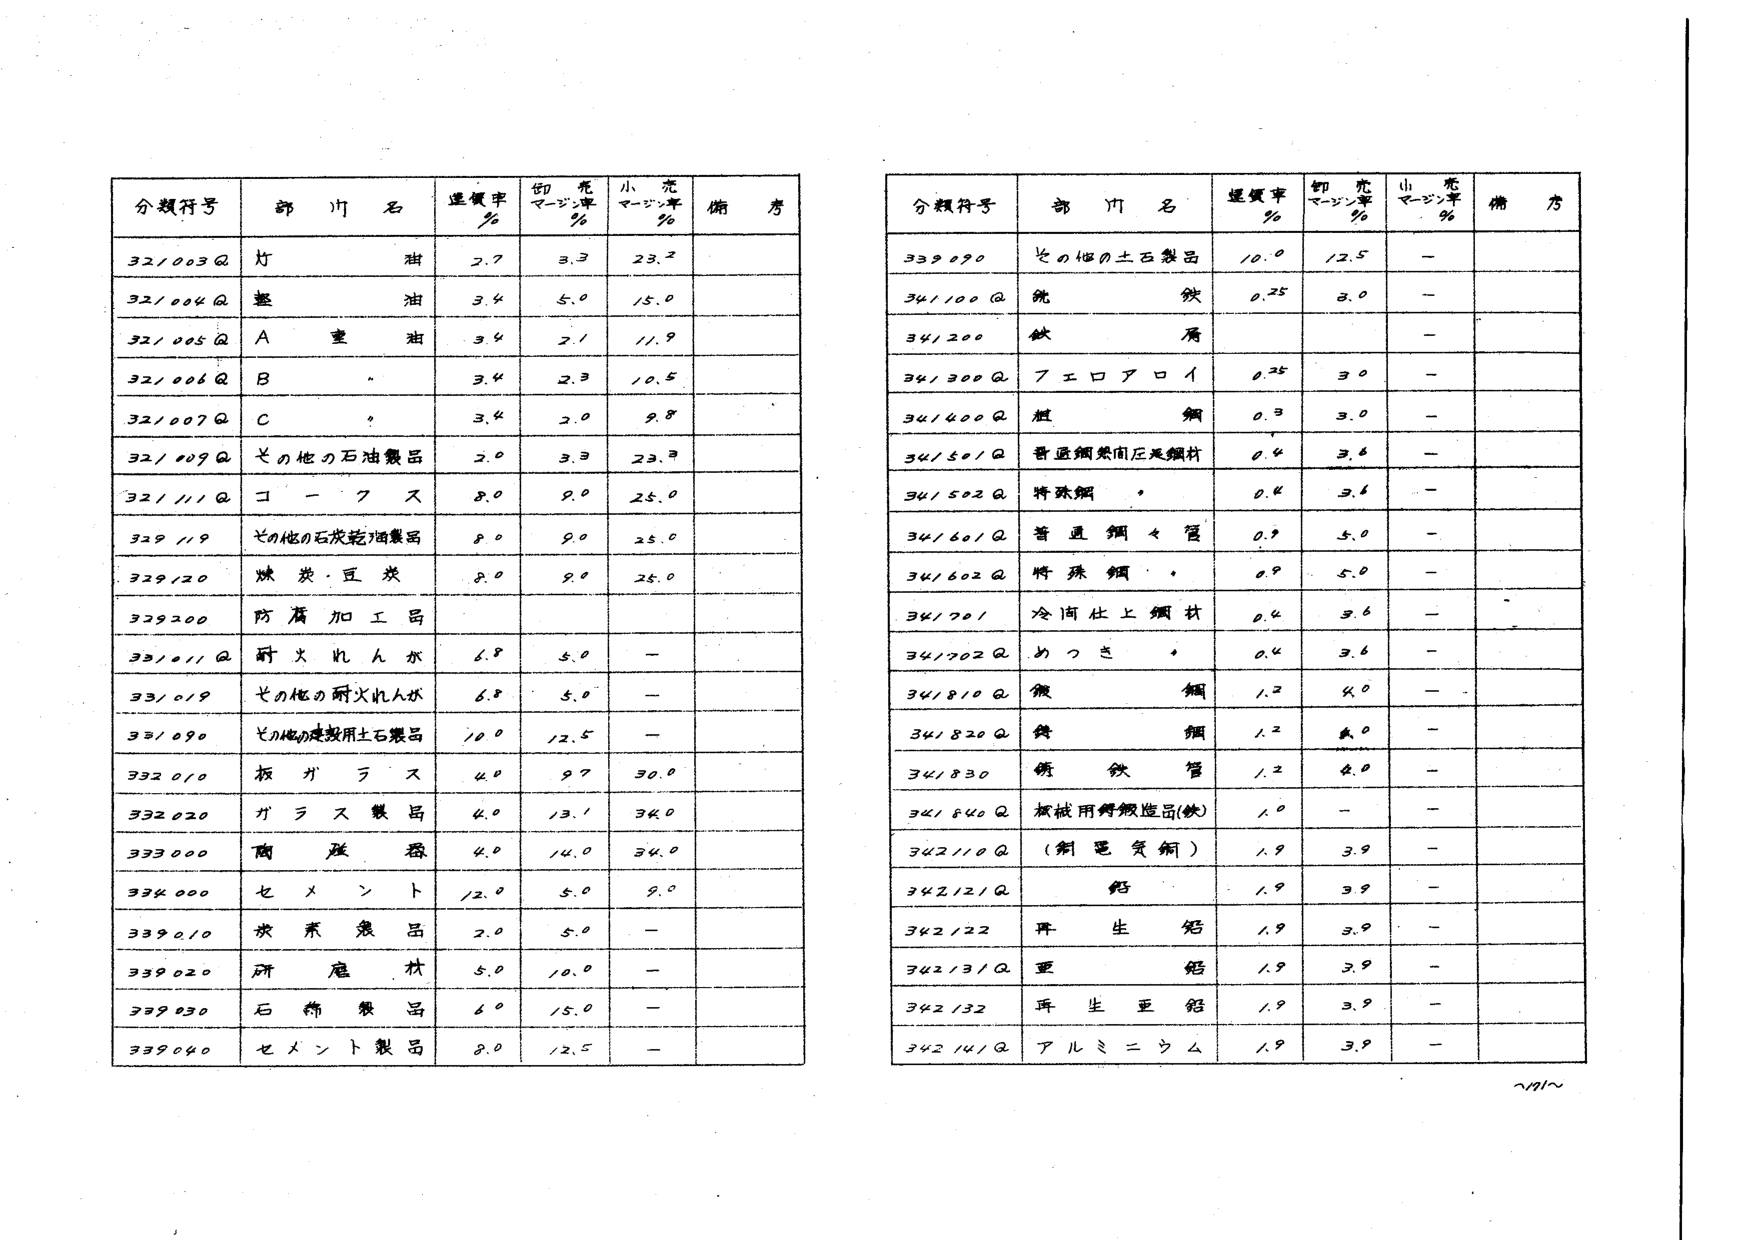
分類符号 部門名 運賃率% 切売マージン率% 小売マージン率% 備考
32/003Q 灯油 2.7 3.3 23.2
32/004Q 軽油 3.4 5.0 15.0
32/005Q A重油 3.4 2.1 11.9
32/006Q B 3.4 2.3 10.5
32/007Q C 3.4 2.0 9.8
32/009Q その他の石油製品 2.0 3.3 23.3
32/111Q コークス 8.0 9.0 25.0
329119 その他の石炭乾燥製品 8.0 9.0 25.0
329120 炭・豆炭 8.0 9.0 25.0
329200 防腐加工品
33/011Q 耐火れんが 6.8 5.0 -
33/019 その他の耐火れんが 6.8 5.0 -
33/090 その他の建設用土石製品 10.0 12.5 -
332010 板ガラス 4.0 9.7 39.0
332020 ガラス製品 4.0 13.1 34.0
333000 陶磁器 4.0 14.0 34.0
334000 セメント 12.0 5.0 9.0
339010 水素製品 2.0 5.0 -
339020 所産林 5.0 10.0 -
339030 石棉製品 6.0 15.0 -
339040 セメント製品 8.0 12.5 -

分類符号 部門名 運賃率% 切売マージン率% 小売マージン率% 備考
339090 その他の土石製品 10.0 12.5 -
34/100Q 銑鉄 0.25 8.0 -
34/200 鉄屑 -
34/300Q 7エロアロイ 0.25 3.0 -
34/400Q 粗鋼 0.3 3.0 -
34/501Q 普通鋼熱間圧延鋼材 0.4 3.6 -
34/502Q 特殊鋼 0.4 3.6 -
34/601Q 普通鋼管 0.9 5.0 -
34/602Q 特殊鋼管 0.9 5.0 -
34/701 冷間仕上鋼材 0.4 3.6 -
34/702Q めっき 0.4 3.6 -
34/810Q 微鋼 1.2 4.0 -
34/820Q 鋳鋼 1.2 4.0 -
34/830 鋳鉄管 1.2 4.0 -
34/840Q 機械用鋳鉄造品(鉄) 1.0 - -
342110Q (制電資材) 1.9 3.9 -
342121Q 鋁 1.9 3.9 -
342122 再生鋁 1.9 3.9 -
342131Q 亜鋁 1.9 3.9 -
342132 再生亜鋁 1.9 3.9 -
342141Q アルミニウム 1.9 3.9 -

～91～